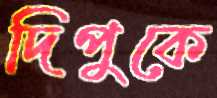
দিপুকে